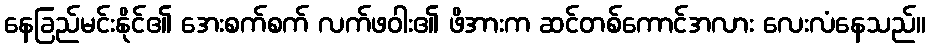
နေခြည်မင်းနိုင်၏ အေးစက်စက် လက်ဖဝါး၏ ဖိအားက ဆင်တစ်ကောင်အလား လေးလံနေသည်။